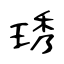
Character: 琇